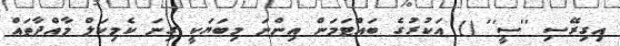
އިގިރޭސި ''ސީ'' () އަކުރުގެ ބައްޓަމަން އިންނަ މިބަޔަކީ ގިނަ ކެމިކަލް މާއްދާތައް